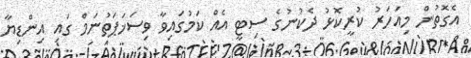
އެގޮތުން މިއަހަރު ކުރީކޮޅު ދެކުނުގެ ސިޓީ އެއް ކަމުގައިވާ ވިސަޚަޕަތުނަމް ގައި އިންޑިޔާ